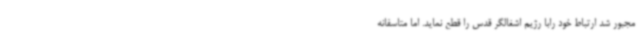
مجبور شد ارتباط خود رابا رژیم اشغالگر قدس را قطع نماید. اما متاسفانه